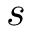
s